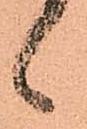
候